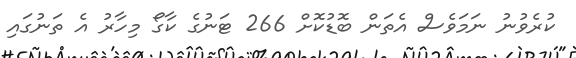
ކުރެވުނު ނަމަވެސް އެތަން ބޮޑުކޮށް 266 ޓަނުގެ ކާގޯ މިހާރު އެ ތަނުގައި